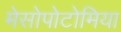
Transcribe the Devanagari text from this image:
मेसोपोटोमिया